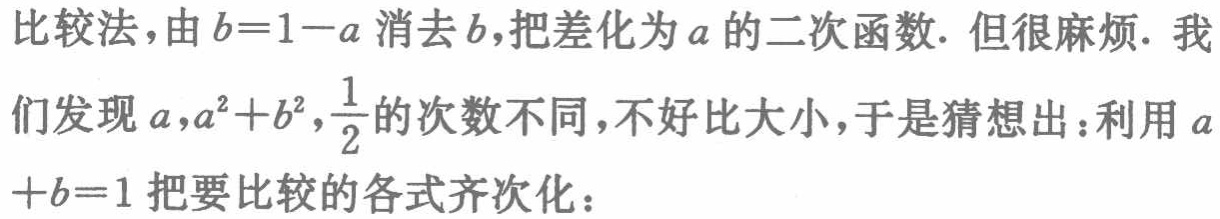
比较法，由\(b = 1 - a\)消去\(b\)，把差化为\(a\)的二次函数. 但很麻烦. 我们发现\(a,a^{2}+b^{2},\frac{1}{2}\)的次数不同，不好比大小，于是猜想出：利用\(a + b = 1\)把要比较的各式齐次化：